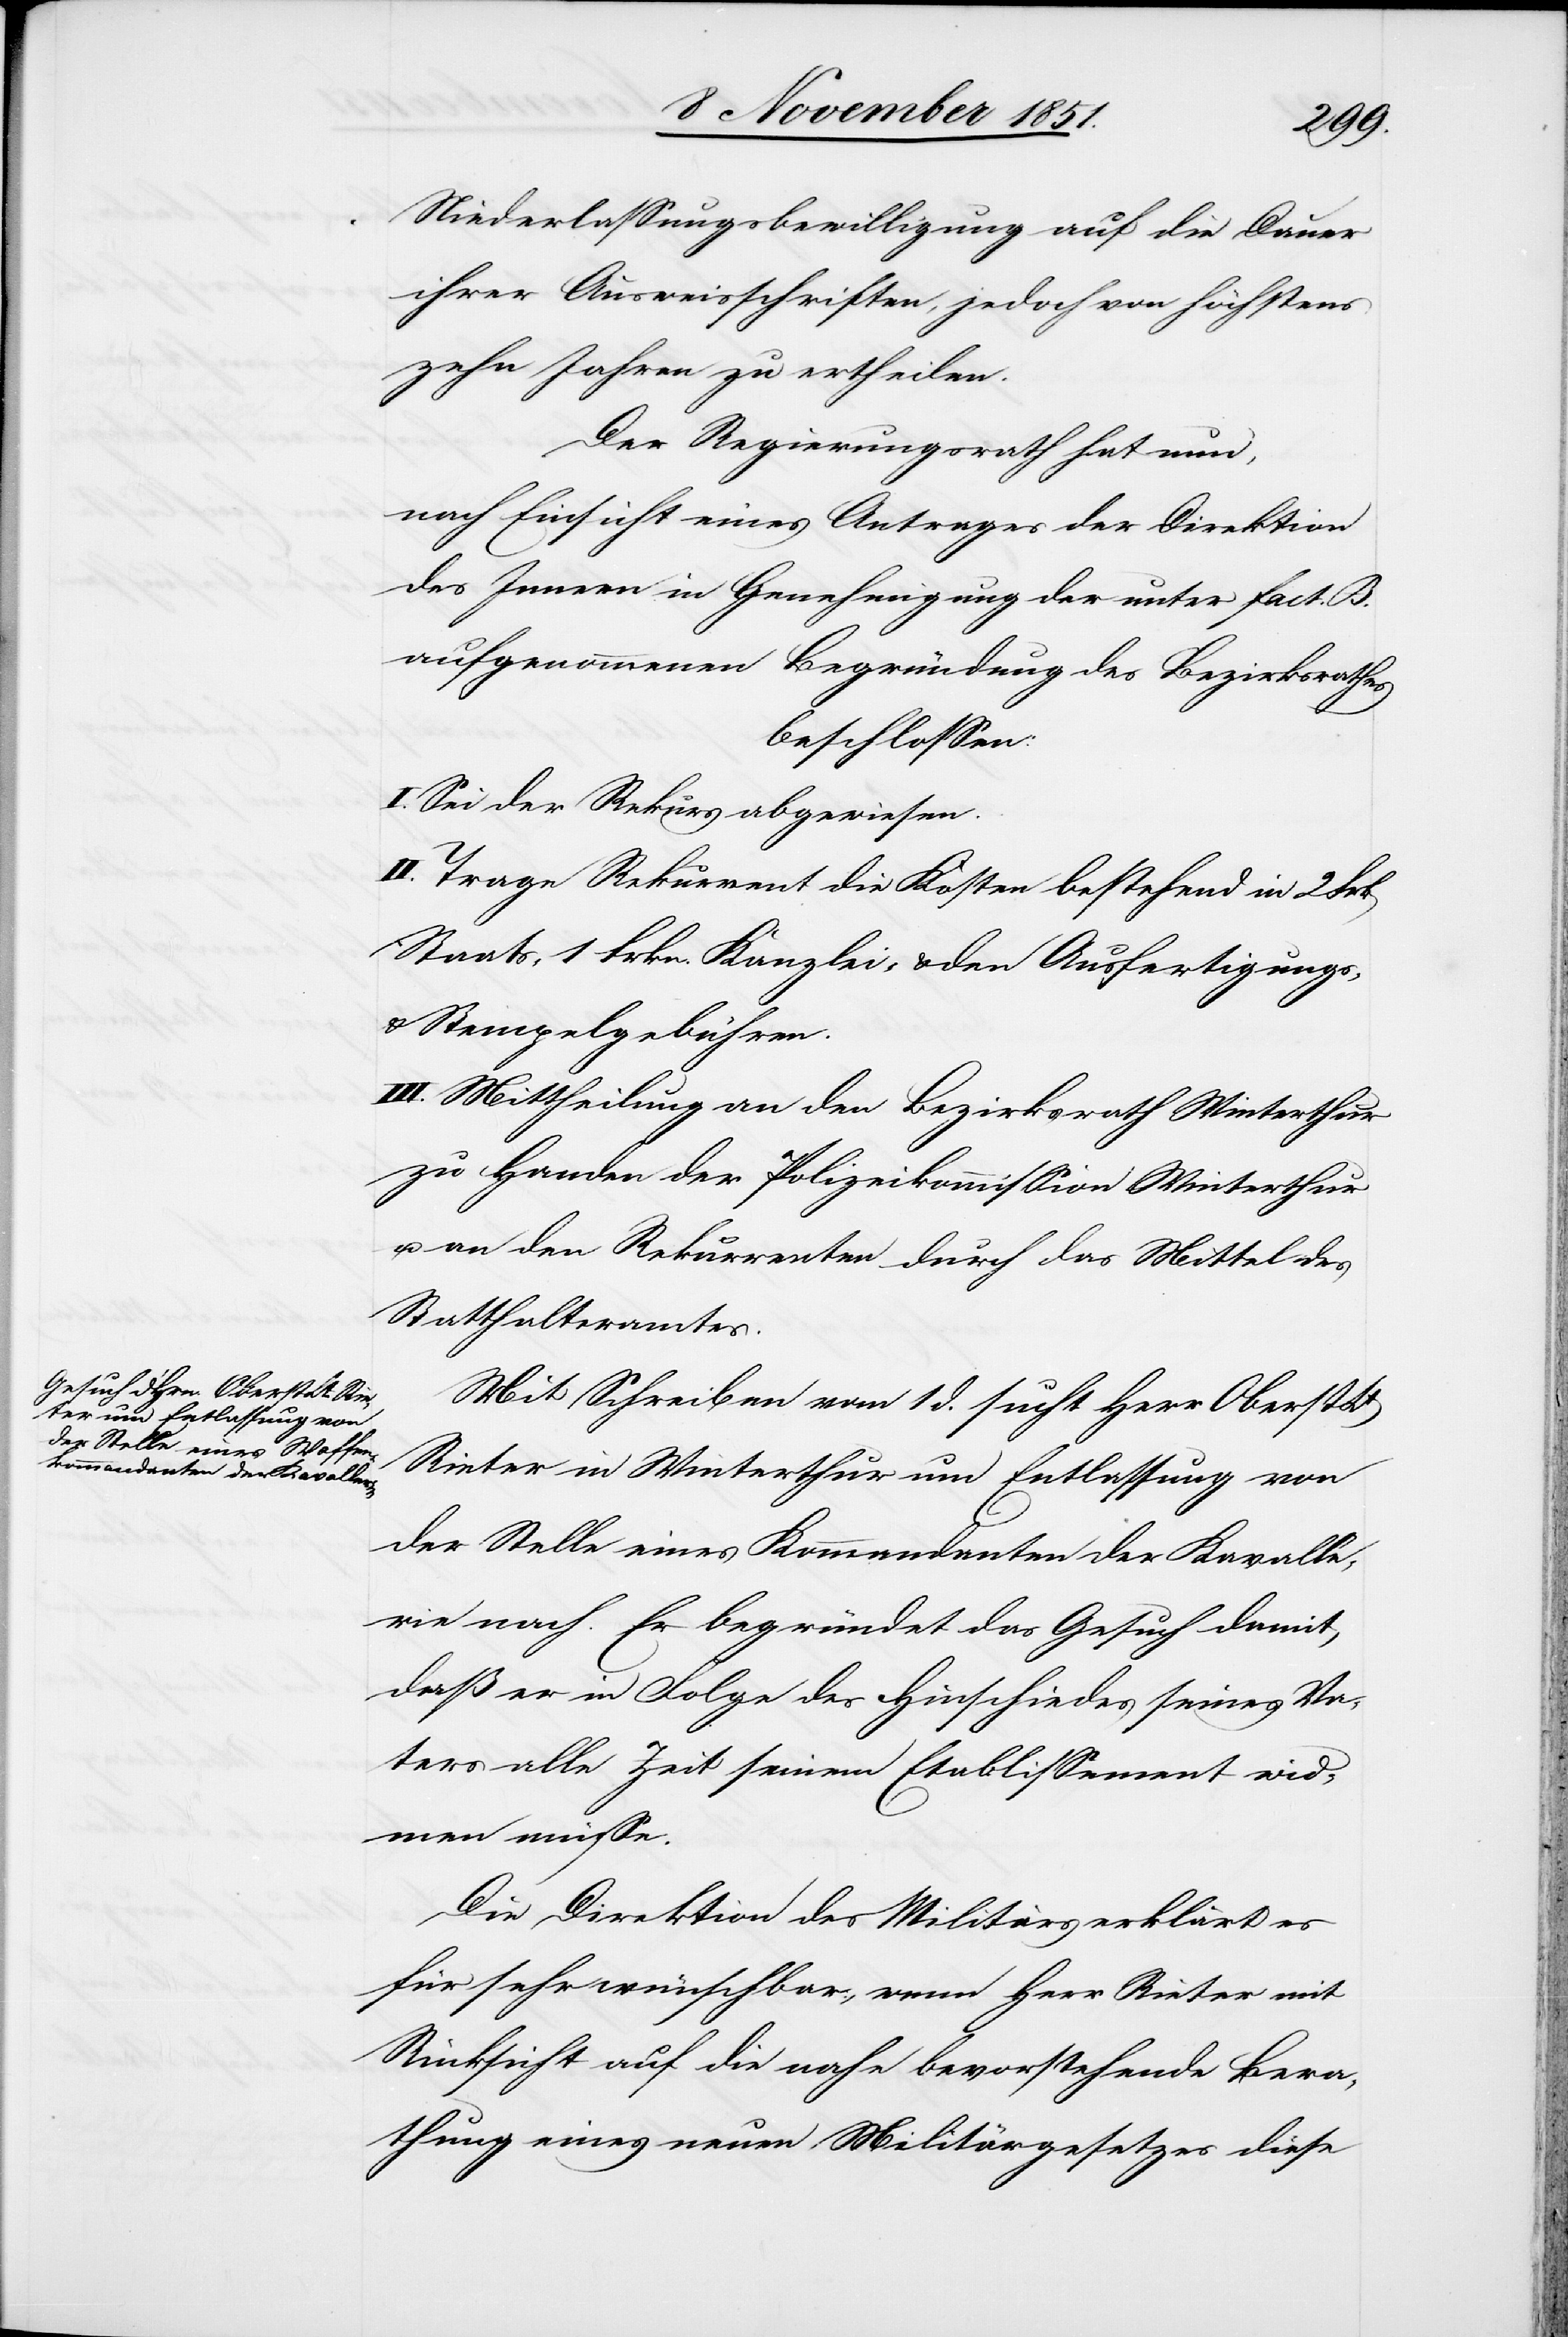
Niederlassungsbewilligung auf die Dauer
ihrer Ausweisschriften, jedoch von höchstens
zehn Jahren zu ertheilen.
Der Regierungsrath hat nun,
nach Einsicht eines Antrages der Direktion
des Innern in Genehmigung der unter fact. B.
aufgenommenen Begründung des Bezirksrathes
beschlossen:
I. Sei der Rekurs abgewiesen.
II. Trage Rekurrent die Kosten bestehend in 2
Staats-[,] 1 Frkn. Kanzlei- & den Ausfertigungs-
& Stempelgebühren.
III. Mittheilung an den Bezirksrath Winterthur
zu Handen der Polizeikommission Winterthur
u. an den Rekurrenten durch das Mittel des
Statthalteramtes.
Mit Schreiben vom 1 d. sucht Herr Oberst
Rieter in Winterthur um Entlassung von
der Stelle eines Kommandanten der Kavalle¬
rie nach. Er begründet das Gesuch damit,
daß er in Folge des Hinschiedes seines Va¬
ters alle Zeit seinem Etablissement wid¬
men müsse.
Die Direktion des Militärs erklärt es
für sehr wünschbar, wenn Herr Rieter mit
Rücksicht auf die nahe bevorstehende Bera¬
thung eines neuen Militärgesetzes diese